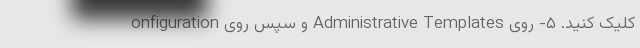
onfiguration و سپس روی Administrative Templates کلیک کنید. ۵- روی